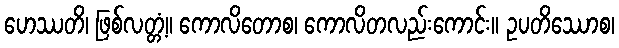
ဟေဿတိ၊ ဖြစ်လတ္တံ့။ ကောလိတောစ၊ ကောလိတလည်းကောင်း။ ဥပတိဿောစ၊